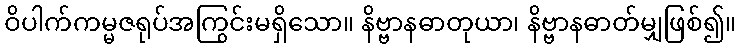
ဝိပါက်ကမ္မဇရုပ်အကြွင်းမရှိသော။ နိဗ္ဗာနဓာတုယာ၊ နိဗ္ဗာနဓာတ်မျှဖြစ်၍။